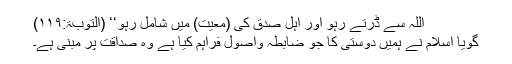
اللہ سے ڈرتے رہو اور اہل صدق کی (معیت) میں شامل رہو‘‘ (التوبۃ:۱۱۹)
گویا اسلام نے ہمیں دوستی کا جو ضابطہ واصول فراہم کیا ہے وہ صداقت پر مبنی ہے۔